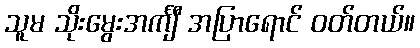
သူမ သိုးမွေးအင်္ကျီ အပြာရောင် ဝတ်တယ်။